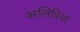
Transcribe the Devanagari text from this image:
अलिवियर